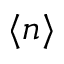
\langle n \rangle